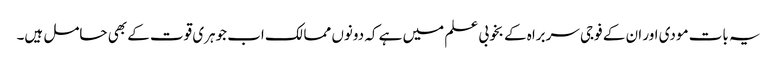
یہ بات مودی اور ان کے فوجی سربراہ کے بخوبی علم میں ہے کہ دونوں ممالک اب جوہری قوت کے بھی حامل ہیں۔